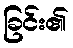
ခြင်း၏